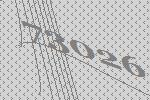
73026